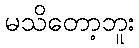
မသိတော့ဘူး